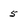
Character: 5